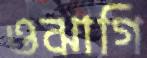
ওঝাগি